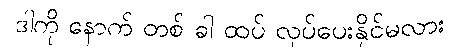
ဒါကို နောက် တစ် ခါ ထပ် လုပ်ပေးနိုင်မလား